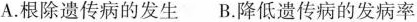
A.根除遗传病的发生 B.降低遗传病的发病率